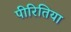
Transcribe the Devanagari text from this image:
पीरितिया